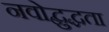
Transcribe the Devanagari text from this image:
नवोद्बुद्धता